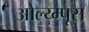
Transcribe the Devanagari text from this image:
ओल्य्म्पूस